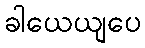
ခါယေယျပေ